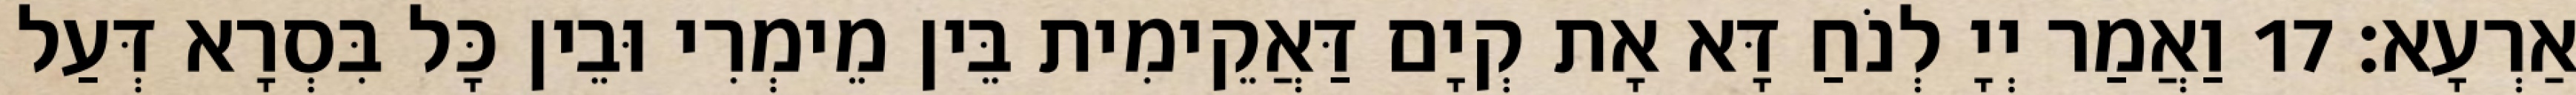
אַרְעָא׃ 17 וַאֲמַר יְיָ לְנֹחַ דָּא אָת קְיָם דַּאֲקֵימִית בֵּין מֵימְרִי וּבֵין כָּל בִּסְרָא דְּעַל